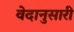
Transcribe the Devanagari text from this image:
वेदानुसारी